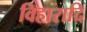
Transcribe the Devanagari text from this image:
विहारादि